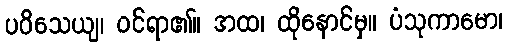
ပဝိသေယျ၊ ဝင်ရာ၏။ အထ၊ ထိုနောင်မှ။ ပံသုကာမော၊